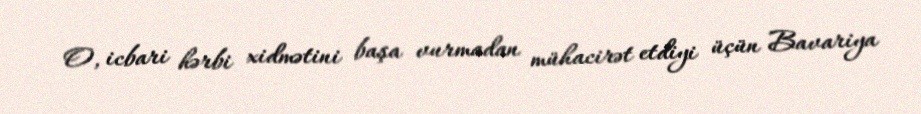
O, icbari hərbi xidmətini başa vurmadan mühacirət etdiyi üçün Bavariya